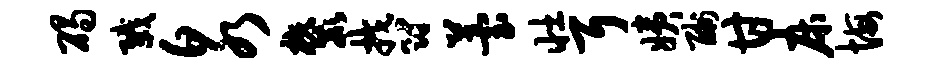
碣戮泉麓郁苔壮耳姨酬甘床悔